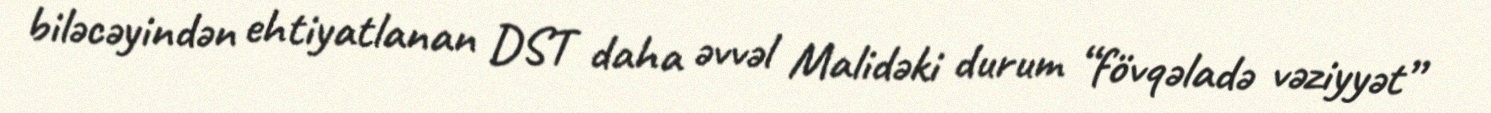
biləcəyindən ehtiyatlanan DST daha əvvəl Malidəki durum “fövqəladə vəziyyət”